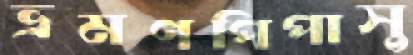
ভ্রমণপিপাসু